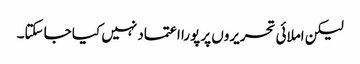
لیکن املائی تحریروں پر پورا اعتماد نہیں کیا جا سکتا۔